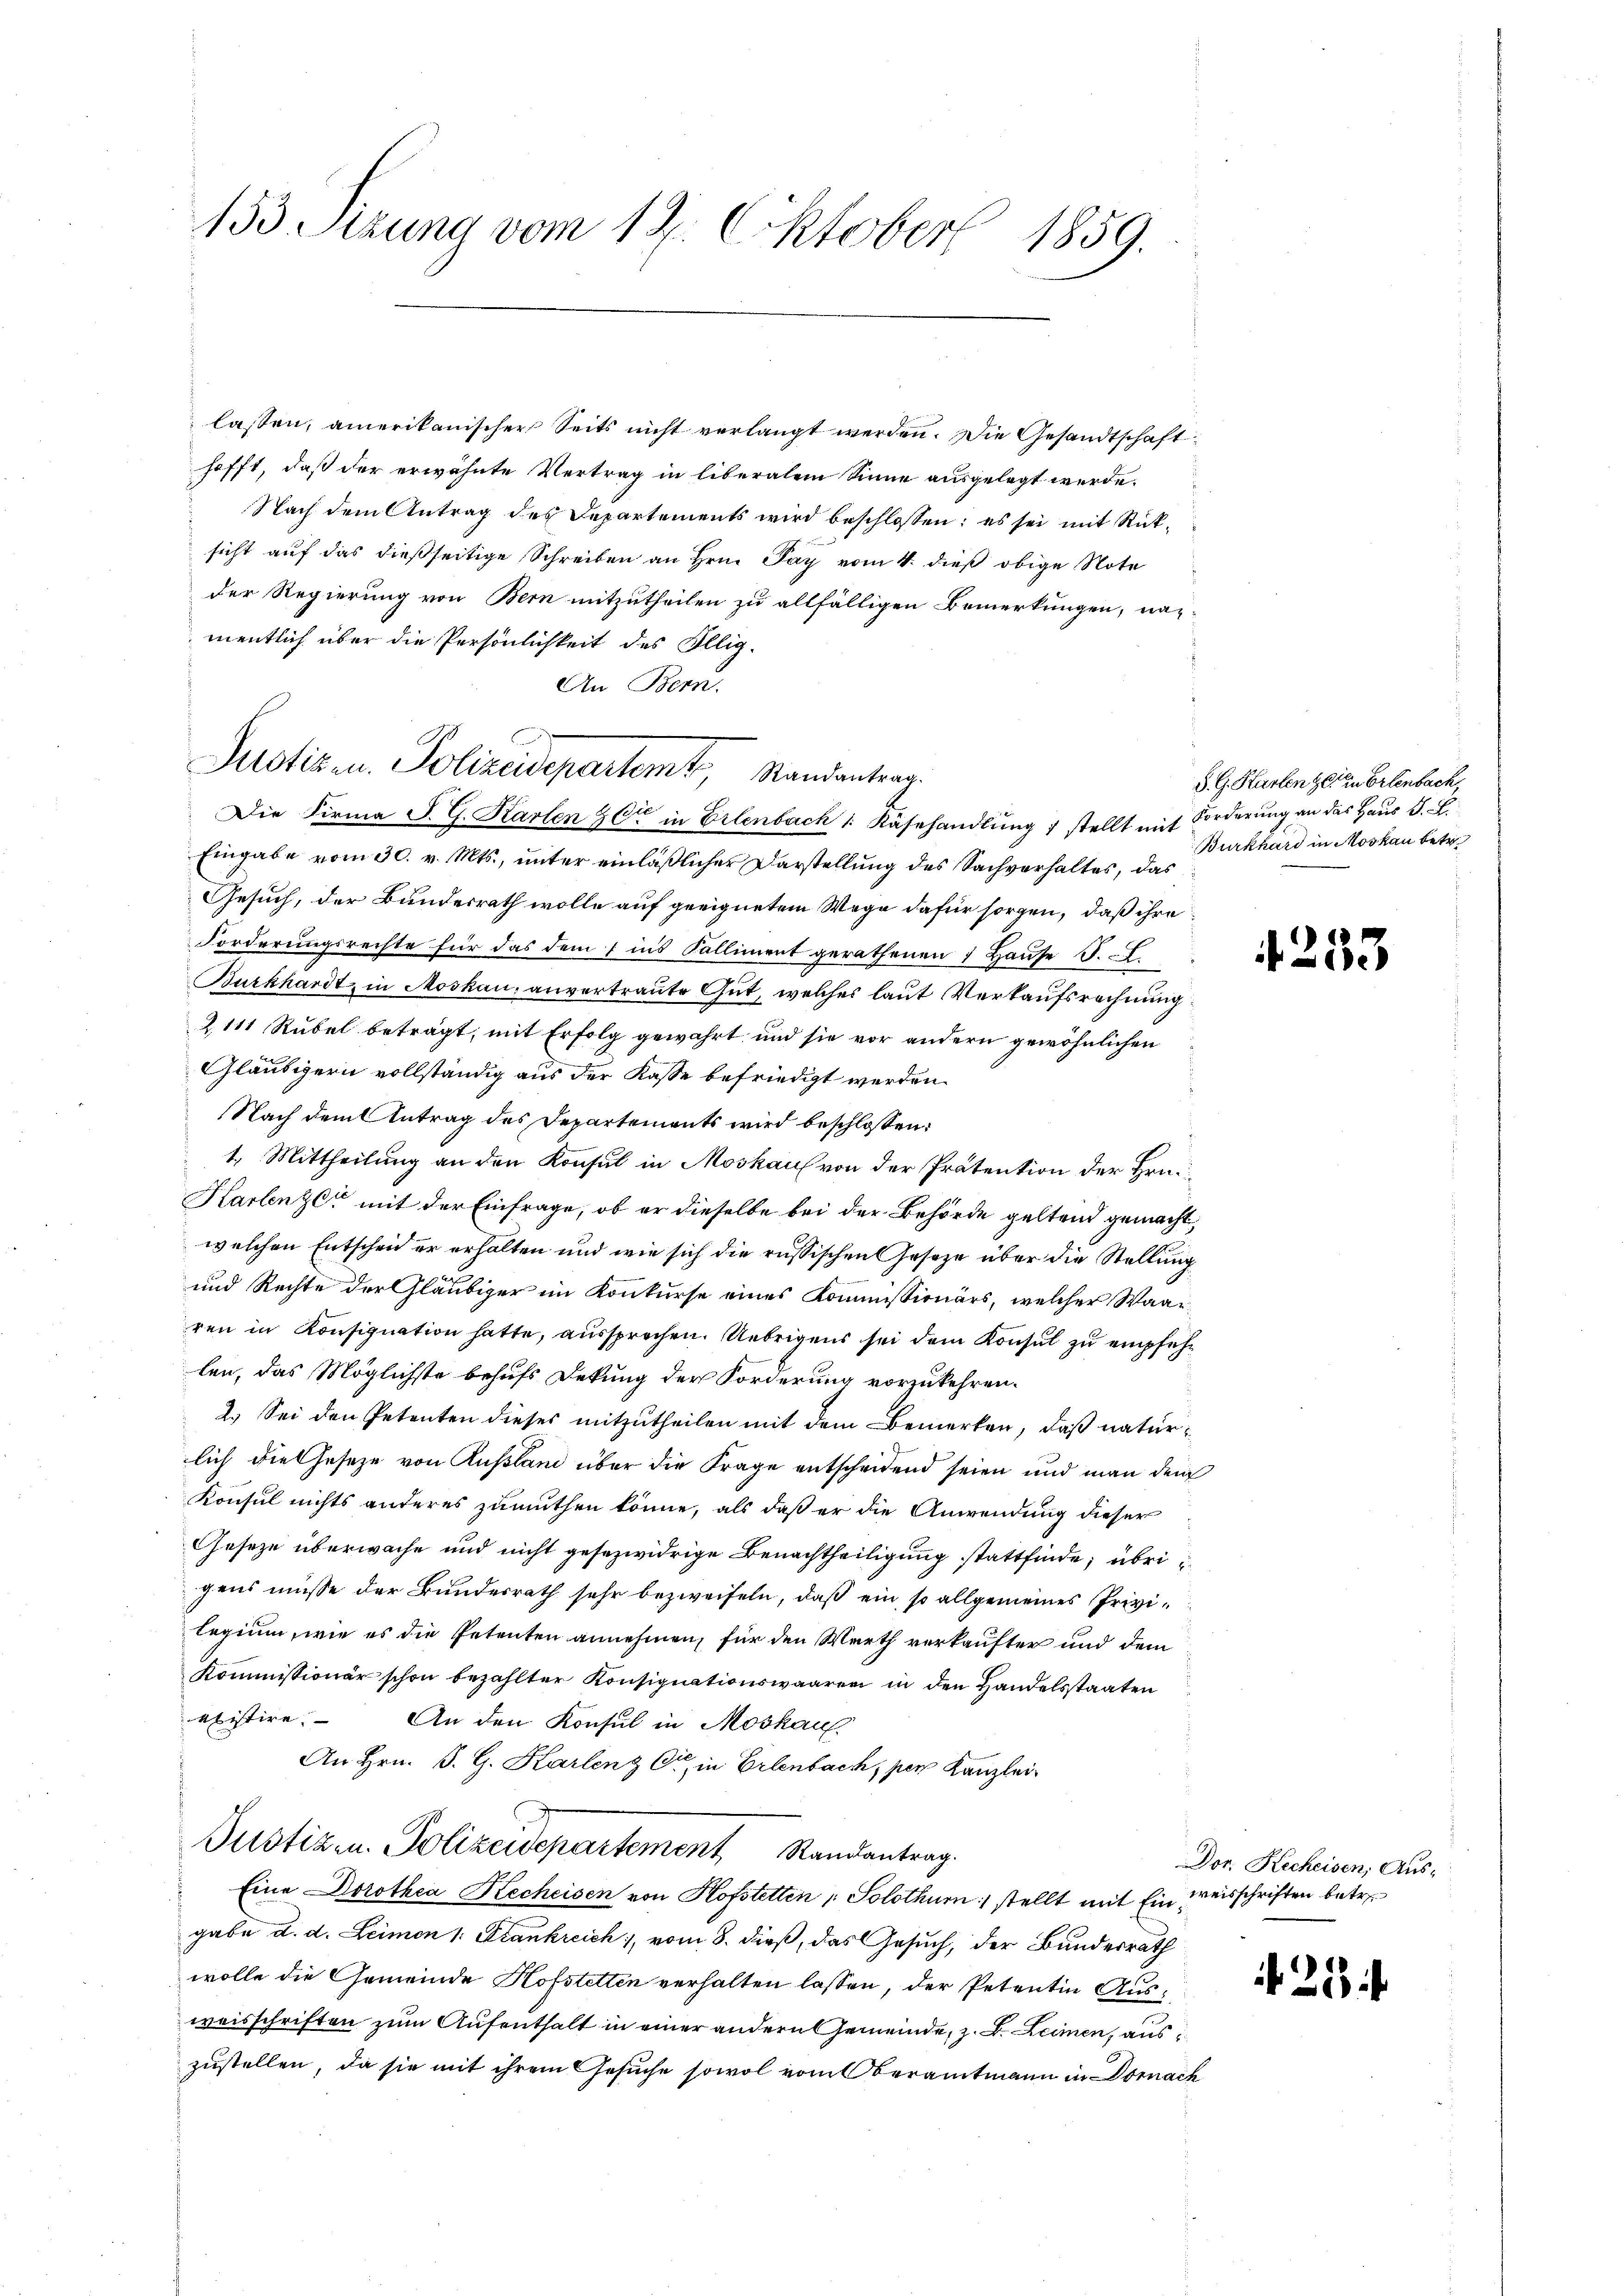
153 Sizung vom 12. Oktober 1859.

lassen, amerikanischer Seits nicht verlangt werden. Die Gesandtschaft
hofft, daß der erwähnte Vertrag in liberalem Sinne ausgelegt werde.
 Nach dem Antrag des Departements wird beschlossen; es sei mit Rücksicht auf das dießseitige Schreiben an Hrn. Pay vom 4. dieß obige Note
der Regierung von Bern mitzutheilen zu allfälligen Bemerkungen, nac
mentlich über die Persönlichkeit des Illig¬
An Bern.
Die Firma S. G. Karten & Cie in Erlenbach /: Käsehandlung 1 stellt mit Forderung an das Haus S. E
Eingabe vom 30. v. Mts., unter einläßlicher Darstellung des Sachverhaltes, das
Gesuch, der Bundesrath wolle auf geeignetem Wege dafür sorgen, daß ihre
Forderungsrechte für das dem 1 ins Kalliment gerathenen 7 Hause S.
Burkhardt in Moskau, anvertraute Gut, welches laut Verkaufsrechnung
2111 Rubel beträgt, mit Erfolg gewahrt und sie vor andern gewöhnlichen
Gläubigern vollständig aus der Kasse befriedigt werden.
Nach dem Antrag des Departements wird beschlossen:
1. Mittheilung an den Konsul in Moskauf von der Prätention der Hrn.
Karlenz mit der Einfrage, ob er dieselbe bei der Behörde geltend gemacht,
welchen Entscheid er erhalten und wie sich die russischen Gesetze über die Stellung
und Rechte der Gläubiger im Konkurse eines Kommissionärs, welcher Waaren in Konsignation hatte, aussprechen. Uebrigens sei dem Konsul zu empfehlen, das Möglichste behufs Dekung der Forderung vorzukehren.
2.) Sei den Petenten dieses mitzutheilen mit dem Bemerken, daß naturlich die Gesetze von Russland über die Frage entscheidend seien und man den
Konsul nichts anderes zumuthen könne, als daß er die Anwendung dieser
Geseze überwache und nicht gesezwidrige Benachtheiligung stattfinde; übri
gens müsse der Bundesrath sehr bezweifeln, daß ein so allgemeines Privilegium, wie es die Petenten annehmen, für den Werth verkaufter und dem
Kommissionär schon bezahlter Konsignationswaarer in den Handelsstaaten
klistire.
An den Konsul in Moskau
An Hrn. P. G. Karlenz Cr in Erlenbach, per Kanzlei
Justiz- u. Polizeidepartement Randantrag.
Eine Dorothea Kechcisen von Hofstetten Solothurn stellt mit Einweisschriften betre
gabe d. d. Leimon 1. Stankreich, vom 8. dieß, das Gesuch, der Bundesrath
wolle die Gemeinde Hofstetten verhalten lassen, der Petentin Ausweisschriften zum Aufenthalt in einer andern Gemeinde, z. B. Leimen, aus
zustellen, da sie mit ihrem Gesuche sowol vom Oberamtmann in Dornach

Justiz u. Polizeidepartemt, Randantrag.

S. G. Karten zeiten Erlenbach,
Burkhard in Moskau betr.

4233

Dor. Recheisen, Aus¬

25.